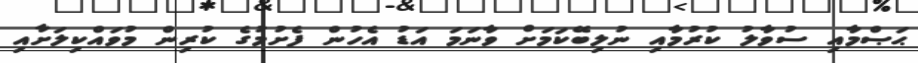
ޙަޞްމާއި ސުވާލު ކުރުމާއި ނުލިބޭކަމަށް ވާނަމަ އަޑު އެހުން ފެށުމުގެ ކުރިން މުވައްކިލަށާއި